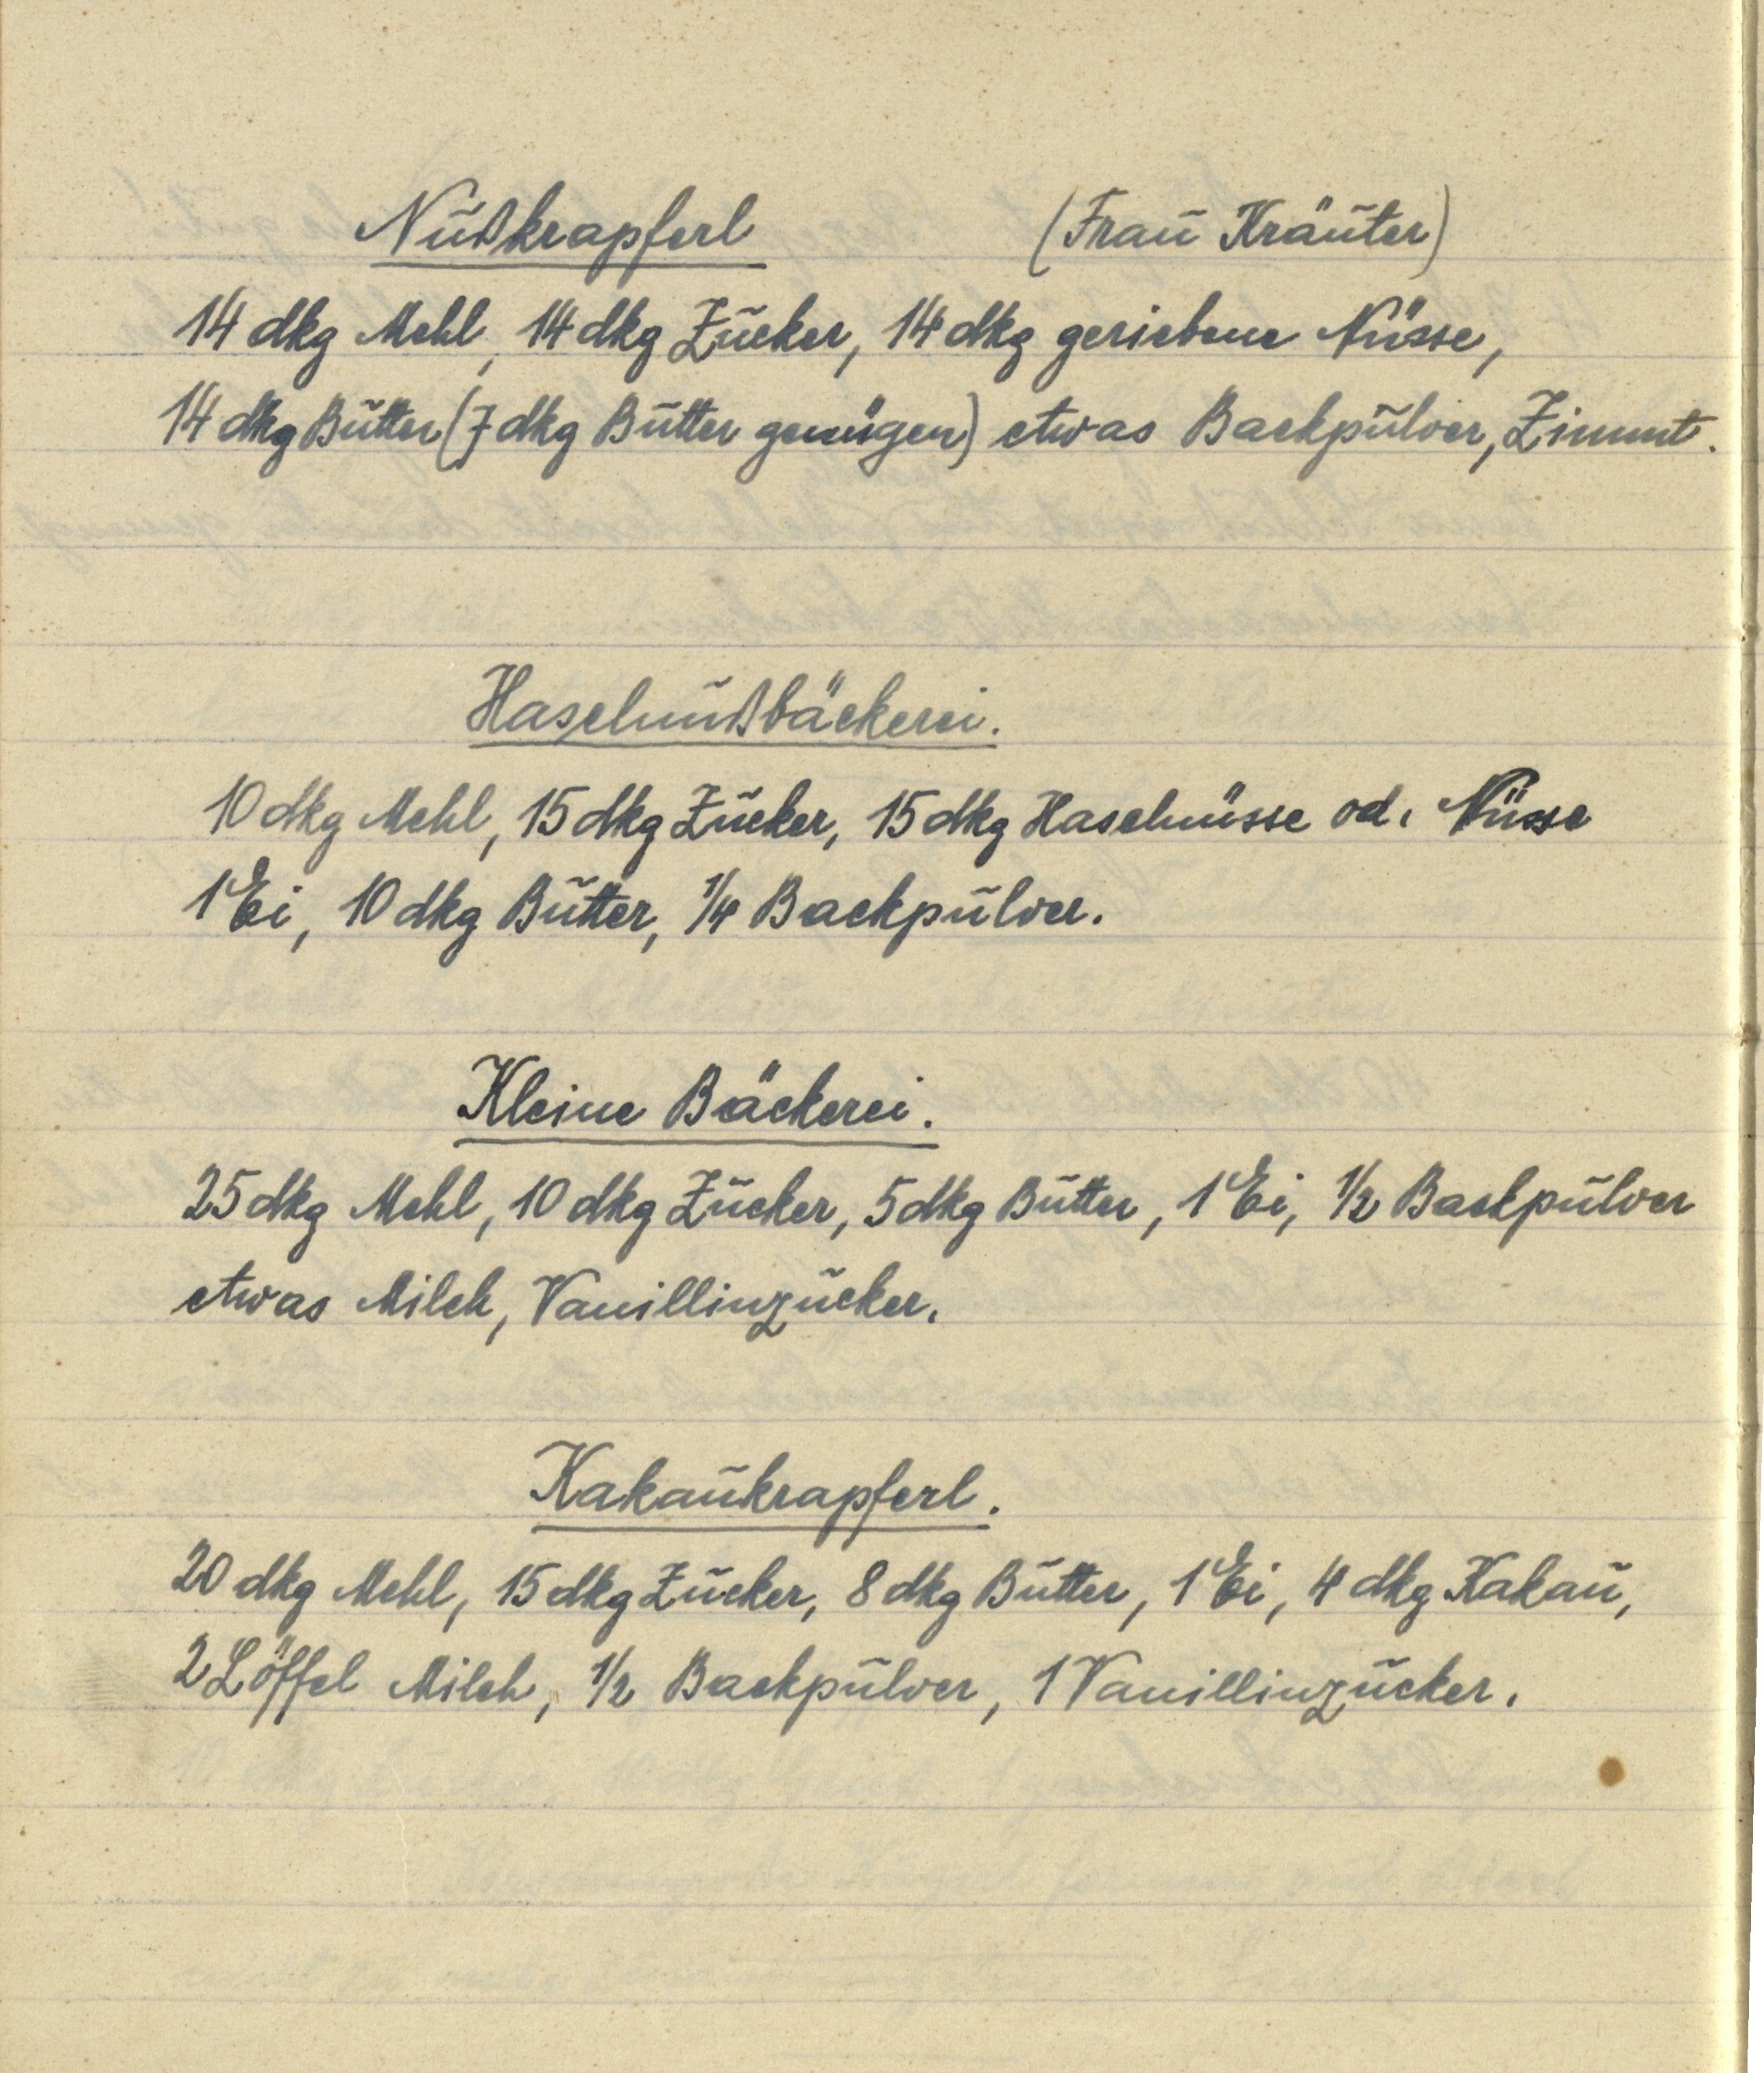
Nußkrapferl (Frau Kräuter)
14 dkg Mehl, 14 dkg Zucker, 14 dkg geriebene Nüsse,
14 dkg Butter (7 dkg Butter genügen) etwas Backpulver, Zimmt.

Haselnußbäckerei.
10 dkg Mehl, 15 dkg Zucker, 15 dkg Haselnüsse od. Nüsse
1 Ei, 10 dkg Butter, ¼ Backpulver.

Kleine Bäckerei.
25 dkg Mehl, 10 dkg Zucker, 5 dkg Butter, 1 Ei, ½ Backpulver
etwas Milch, Vanillinzucker.

Kakaukrapferl.
20 dkg Mehl, 15 dkg Zucker, 8 dkg Butter, 1 Ei, 4 dkg Kakau,
2 Löffel Milch, ½ Backpulver, 1 Vanillinzucker.